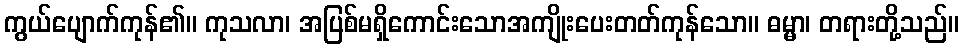
ကွယ်ပျောက်ကုန်၏။ ကုသလာ၊ အပြစ်မရှိကောင်းသောအကျိုးပေးတတ်ကုန်သော။ ဓမ္မာ၊ တရားတို့သည်။